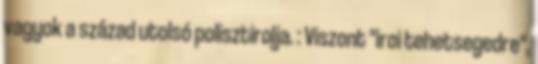
vagyok a század utolsó polisztirolja. : Viszont "iroi tehetsegedre",